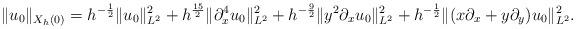
LaTeX: \begin{align*}\|u_0\|_{X_h(0)} = h^{-\frac12}\|u_0\|_{L^2}^2 + h^{\frac{15}2}\|\partial_x^4u_0\|_{L^2}^2 + h^{-\frac92}\|y^2\partial_xu_0\|_{L^2}^2 + h^{-\frac12}\|(x\partial_x + y\partial_y)u_0\|_{L^2}^2.\end{align*}